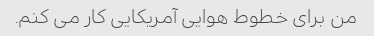
من برای خطوط هوایی آمریکایی کار می کنم.